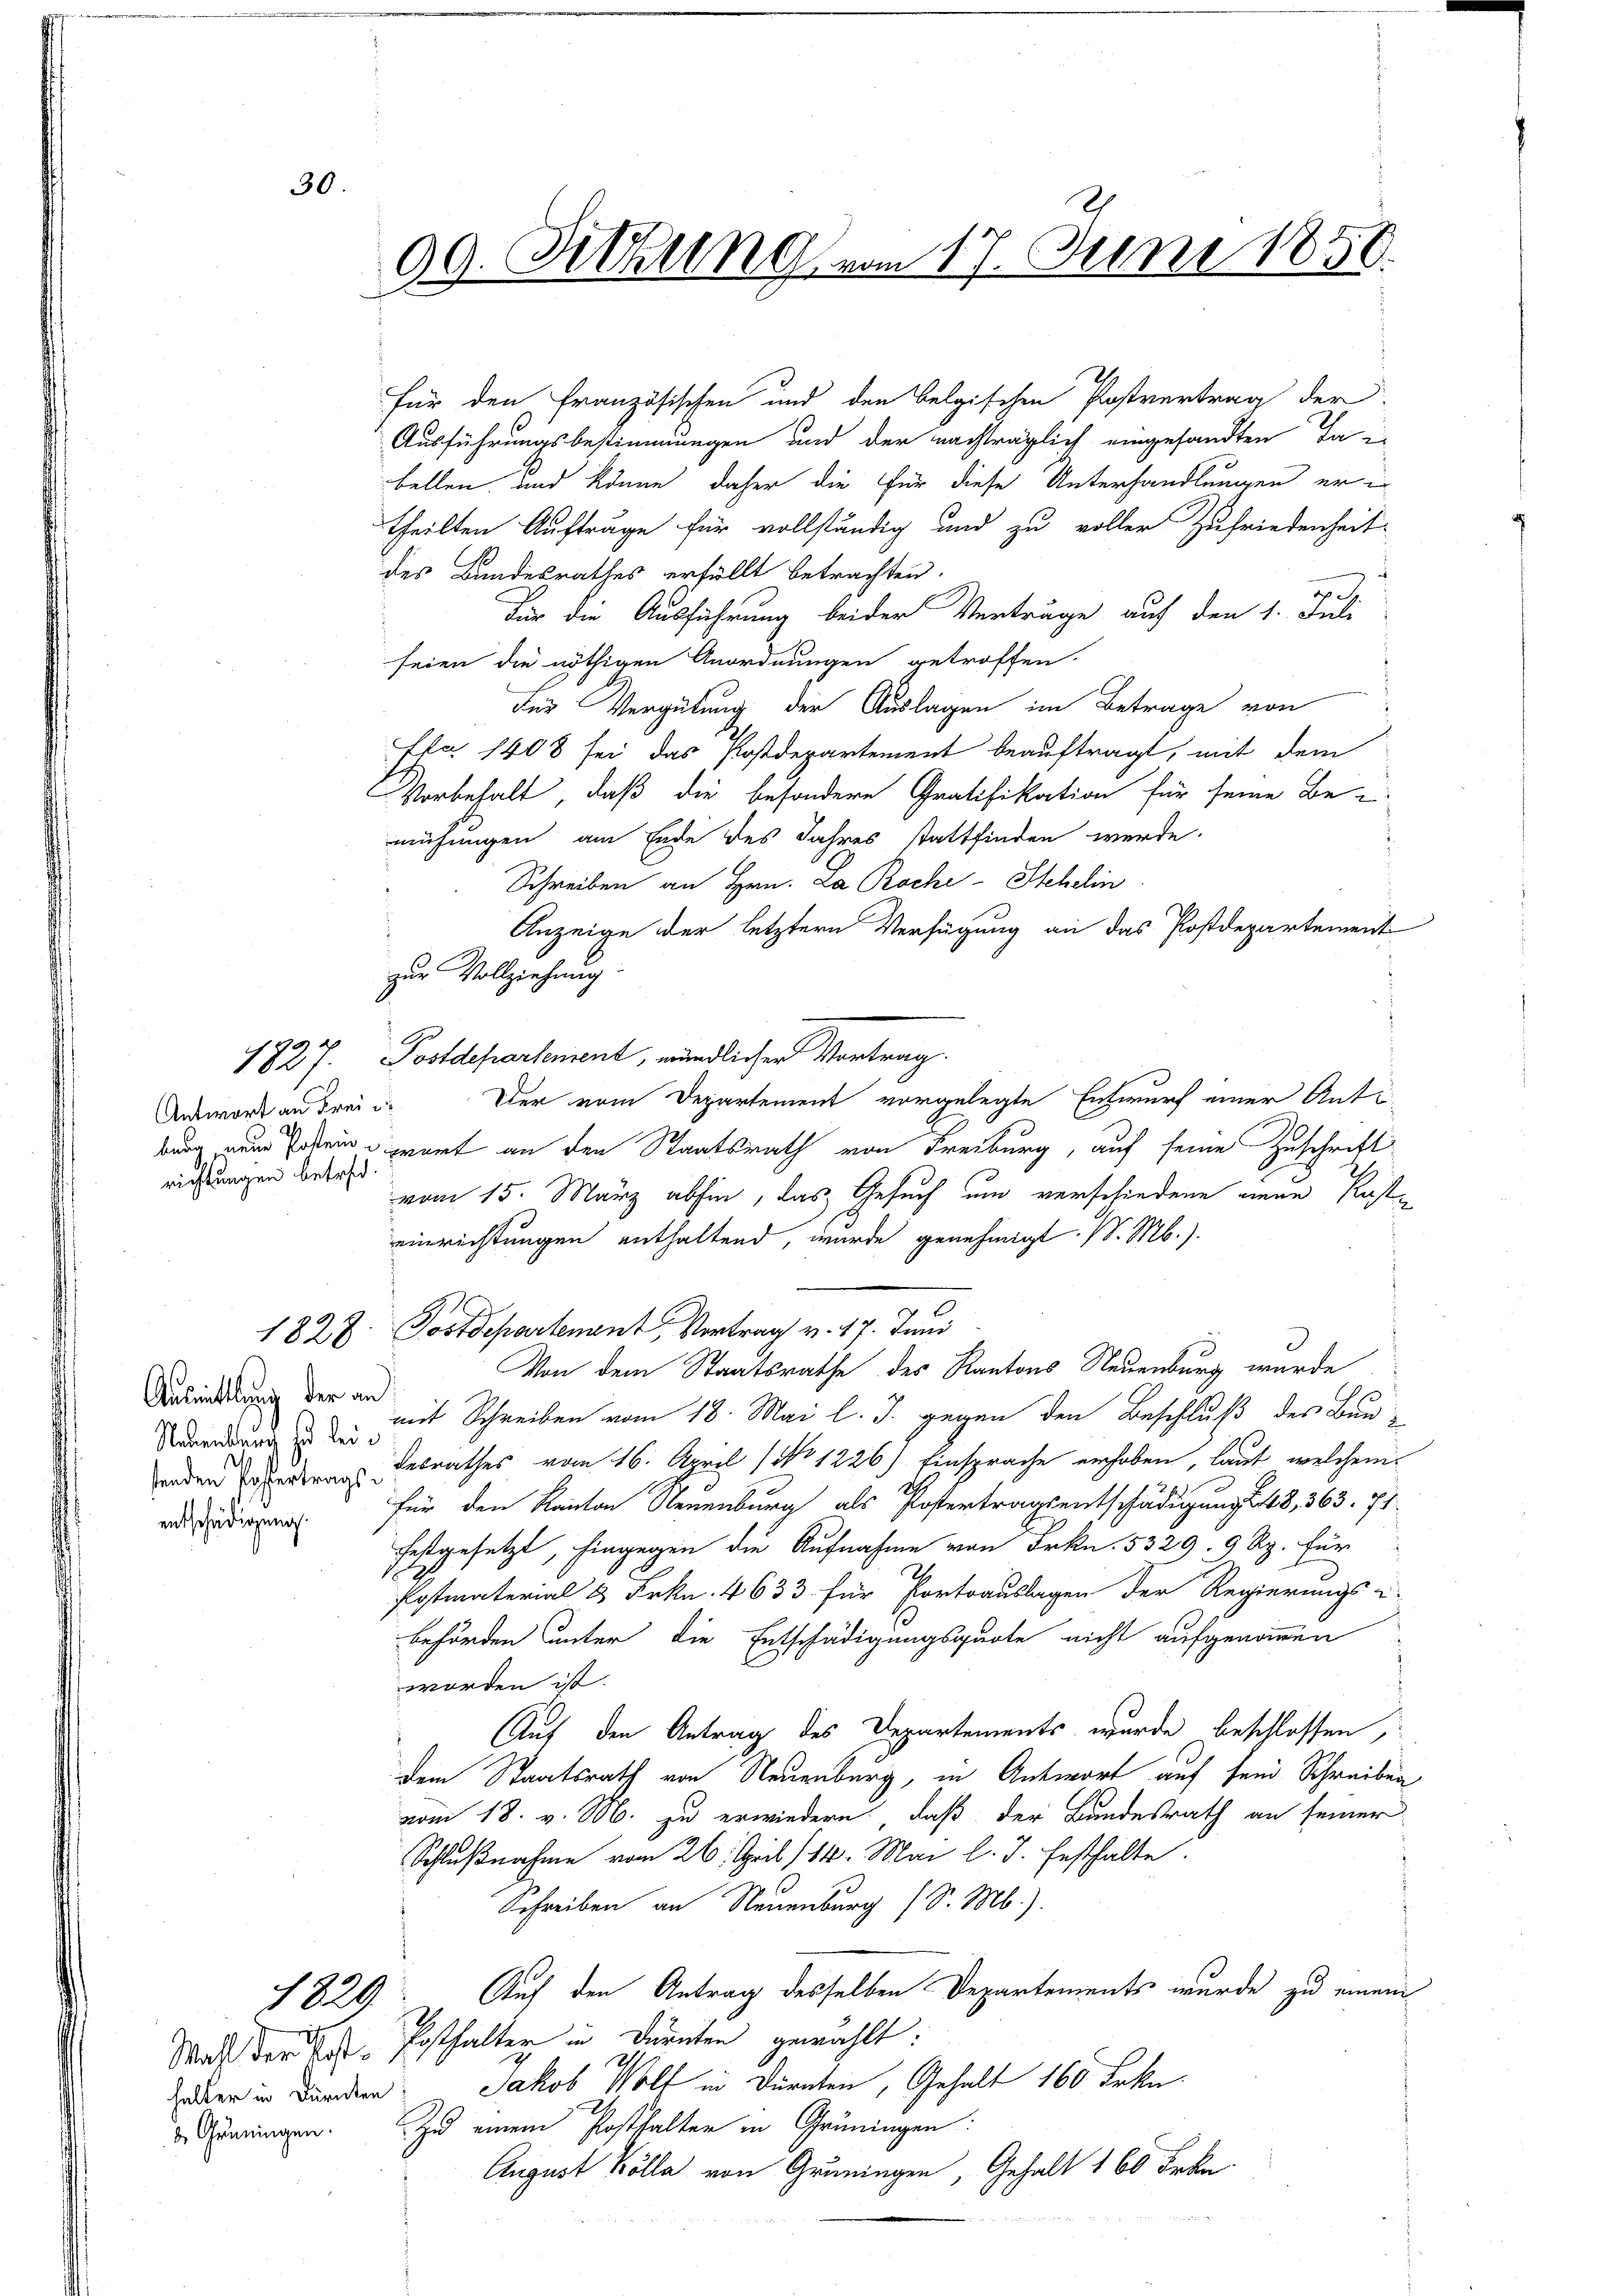
Antwort an Frei di
2
richtungen betref¬

Ausmittlung der an
Neuenbrauch zu leientschädigung.

1829.

Grüningen.

99. Sitzung vom 17. Juni 1850.

für den Französischen und den belgischen Postvertrag der
Ausführungsbestimmungen und der nachträglich eingesandten Ta
bellen und könne, daher die für diese Unterhandlungen er in
theilten Aufträge für vollständig und zu voller Zufriedenheit
des Bundesrathes erfällt betrachten.
d
Für die Ausführung beider Verträge auf den 1. Juli
seien die nöthigen Anordnungen getroffen.
Für Vergütung der Auslagen im Betrage von
ffa 1408 sei das Postdepartement beauftragt, mit dem
Vorbehalt, daß die besondere Gratifikation für seine Be-
mühungen am Ende des Jahres stattfinden werde.
Schreiben an Hrn. La Roche Stehelin
Anzeige der letztern Verfügung an das Postdepartement
zur Vollziehung
1827. Postdepartement, mündlicher Vortrag.
Der vom Departement vorgelegte Entwurf einer Antoburg nur sein wart an den Staatsrath von Freiburg, auf seine Zuschrift
vom 15. März abhin, das Gesuch um verschiedene einen Kaste
einrichtungen enthaltend, wurde genehmigt. P. M.).
1827. Postdepartenant, Vortrag v. 17. Juni
3
Von dem Staatsrathe des Kantons Neuenburg wurde
mit Schreiben vom 18. Mai l. J. gegen den Beschluß des Bun-
enden Ersterendesrathes vom 16. April (No 1226.) Einsprache erhoben, laut, welchem
für den Kanton Neuenburg als Postertragsentschädigungst 8, 363. 71
festgesetzt, hingegen die Aufnahme von Frkn. 5329. 9 Rp. für
Potmaterial 8 Frkn. 4633 für Portoauslagen der Regierungs-
behörden unter die Entschädigungsquote nicht aufgenommen
worden ist.
Auf den Antrag des Departements wurde beschlossen,
dem Staatsrath von Neuenburg, in Antwort auf sein Schreiben
vom 18. v. M. zu erwiedern, daß der Bundesrath an seiner
Schlußnahme vom 26. April 14. Mai l. J. festhalte.
Schreiben an Neuenburg (S. M.).
Auf den Antrag desselben Departements wurde zu einem
Watt der Post. Posthalten in Dürnten gewählt:
Züber in Banken: Jakob Welt in Dürnten, Gehalt 160 Frkn.
Zu einem Posthalter in Grüningen.
August Kolla von Grüningen, Gehalt 1 60 Frkn.
42